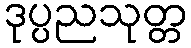
ဒုပ္ပညသုတ္တ